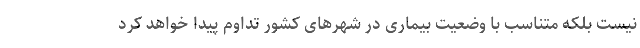
نیست بلکه متناسب با وضعیت بیماری در شهرهای کشور تداوم پیدا خواهد کرد